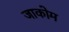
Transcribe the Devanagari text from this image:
जाकोम